Report on vaccination in Madras 1922-1929 - 1922-1929
Year: 1922
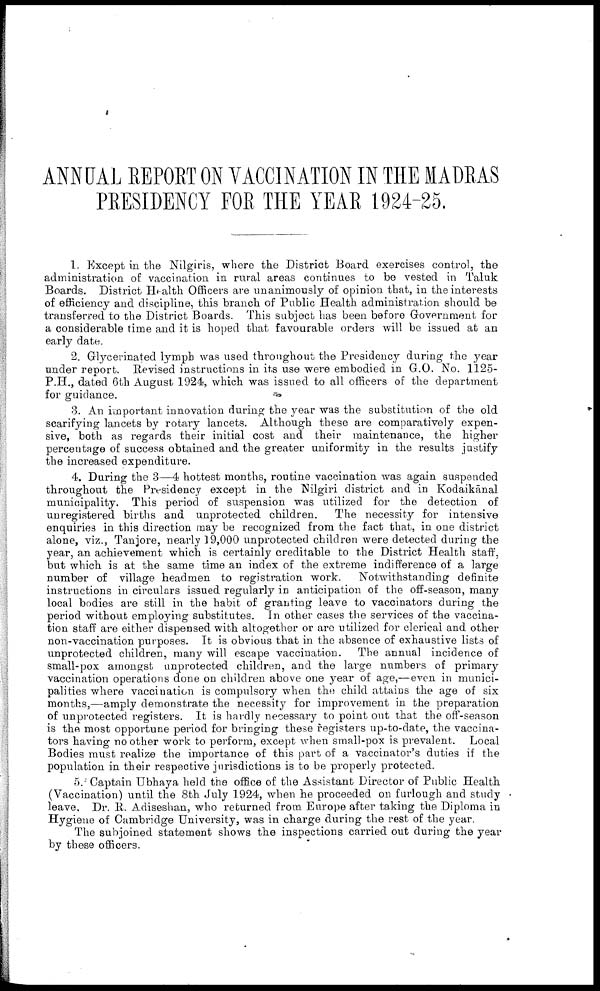
ANNUAL REPORT ON VACCINATION IN THE MADRAS
PRESIDENCY FOR THE YEAR 1924-25.
1. Except in the Nilgiris, where the District Board exercises control, the
administration of vaccination in rural areas continues to be vested in Taluk
Boards. District Health Officers are unanimously of opinion that, in the interests
of efficiency and discipline, this branch of Public Health administration should be
transferred to the District Boards. This subject has been before Government for
a considerable time and it is hoped that favourable orders will be issued at an
early date.
2. Glycerinated lymph was used throughout the Presidency during the year
under report. Revised instructions in its use were embodied in G.O. No. 1125-
P.H., dated 6th August 1924, which was issued to all officers of the department
for guidance.
3. An important innovation during the year was the substitution of the old
scarifying lancets by rotary lancets. Although these are comparatively expen
sive, both as regards their initial cost and their maintenance, the higher
percentage of success obtained and the greater uniformity in the results justify
the increased expenditure.
4. During the 3—4 hottest months, routine vaccination was again suspended
throughout the Presidency except in the Nilgiri district and in Kodaikānal
municipality. This period of suspension was utilized for the detection of
unregistered births and unprotected children. The necessity for intensive
enquiries in this direction may be recognized from the fact that, in one district
alone, viz., Tanjore, nearly 19,000 unprotected children were detected during the
year, an achievement which is certainly creditable to the District Health staff,
but which is at the same time an index of the extreme indifference of a large
number of village headmen to registration work. Notwithstanding definite
instructions in circulars issued regularly in anticipation of the off-season, many
local bodies are still in the habit of granting leave to vaccinators during the
period without employing substitutes. In other cases the services of the vaccina
tion staff are either dispensed with altogether or are utilized for clerical and other
non-vaccination purposes. It is obvious that in the absence of exhaustive lists of
unprotected children, many will escape vaccination. The annual incidence of
small-pox amongst unprotected children, and the large numbers of primary
vaccination operations done on children above one year of age,—even in munici
palities where vaccination is compulsory when the child attains the age of six
months,—amply demonstrate the necessity for improvement in the preparation
of unprotected registers. It is hardly necessary to point out that the off-season
is the most opportune period for bringing these registers up-to-date, the vaccina
tors having no other work to perform, except when small-pox is prevalent. Local
Bodies must realize the importance of this part of a vaccinator's duties if the
population in their respective jurisdictions is to be properly protected.
5. Captain Ubhaya held the office of the Assistant Director of Public Health
(Vaccination) until the 8th July 1924, when he proceeded on furlough and study
leave. Dr. R. Adiseshan, who returned from Europe after taking the Diploma in
Hygiene of Cambridge University, was in charge during the rest of the year.
The subjoined statement shows the inspections carried out during the year
by these officers.